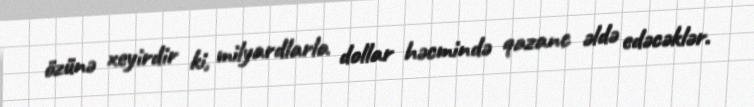
özünə xeyirdir ki, milyardlarla dollar həcmində qazanc əldə edəcəklər.